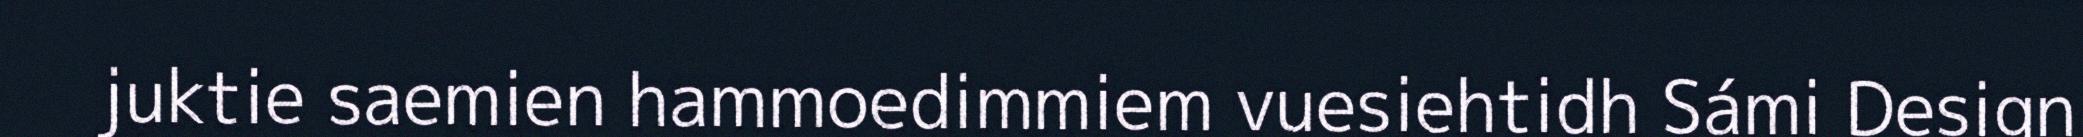
juktie saemien hammoedimmiem vuesiehtidh Sámi Design